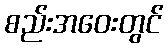
စည်းအဝေးတွင်